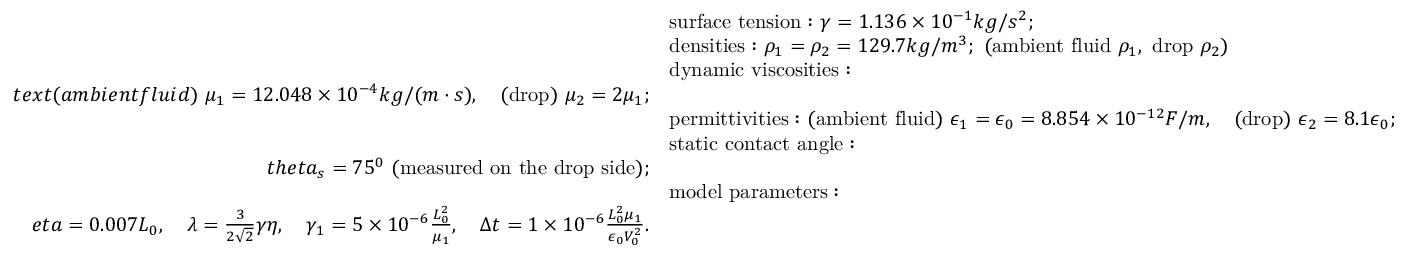
\begin{array} { r l } & { \mathrm { s u r f a c e ~ t e n s i o n : } \ \gamma = 1 . 1 3 6 \times 1 0 ^ { - 1 } k g / s ^ { 2 } ; } \\ & { \mathrm { d e n s i t i e s : } \ \rho _ { 1 } = \rho _ { 2 } = 1 2 9 . 7 k g / m ^ { 3 } ; \ ( \mathrm { a m b i e n t ~ f l u i d } \ \rho _ { 1 } , \ \mathrm { d r o p } \ \rho _ { 2 } ) } \\ & { \mathrm { d y n a m i c ~ v i s c o s i t i e s : } } \\ { t e x t { ( a m b i e n t f l u i d ) } \ \mu _ { 1 } = 1 2 . 0 4 8 \times 1 0 ^ { - 4 } k g / ( m \cdot s ) , \quad \mathrm { ( d r o p ) } \ \mu _ { 2 } = 2 \mu _ { 1 } ; } \\ & { \mathrm { p e r m i t t i v i t i e s : } \ \mathrm { ( a m b i e n t ~ f l u i d ) } \ \epsilon _ { 1 } = \epsilon _ { 0 } = 8 . 8 5 4 \times 1 0 ^ { - 1 2 } F / m , \quad \mathrm { ( d r o p ) } \ \epsilon _ { 2 } = 8 . 1 \epsilon _ { 0 } ; } \\ & { \mathrm { s t a t i c ~ c o n t a c t ~ a n g l e : } } \\ { t h e t a _ { s } = 7 5 ^ { 0 } \ \mathrm { ( m e a s u r e d ~ o n ~ t h e ~ d r o p ~ s i d e ) } ; } \\ & { \mathrm { m o d e l ~ p a r a m e t e r s : } } \\ { e t a = 0 . 0 0 7 L _ { 0 } , \quad \lambda = \frac { 3 } { 2 \sqrt { 2 } } \gamma \eta , \quad \gamma _ { 1 } = 5 \times 1 0 ^ { - 6 } \frac { L _ { 0 } ^ { 2 } } { \mu _ { 1 } } , \quad \Delta t = 1 \times 1 0 ^ { - 6 } \frac { L _ { 0 } ^ { 2 } \mu _ { 1 } } { \epsilon _ { 0 } V _ { 0 } ^ { 2 } } . } \end{array}